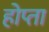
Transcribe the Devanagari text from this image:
होप्ता